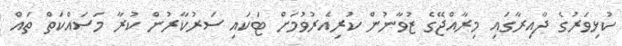
ކުޅިވަރުގެ ދާއިރާގައި މިރާއްޖޭގެ ޒުވާނުން ކުރިއެރުވުމަށް ޓަކައި ސަރުކާރުން ކުރާ މަސައްކަތް ތައް